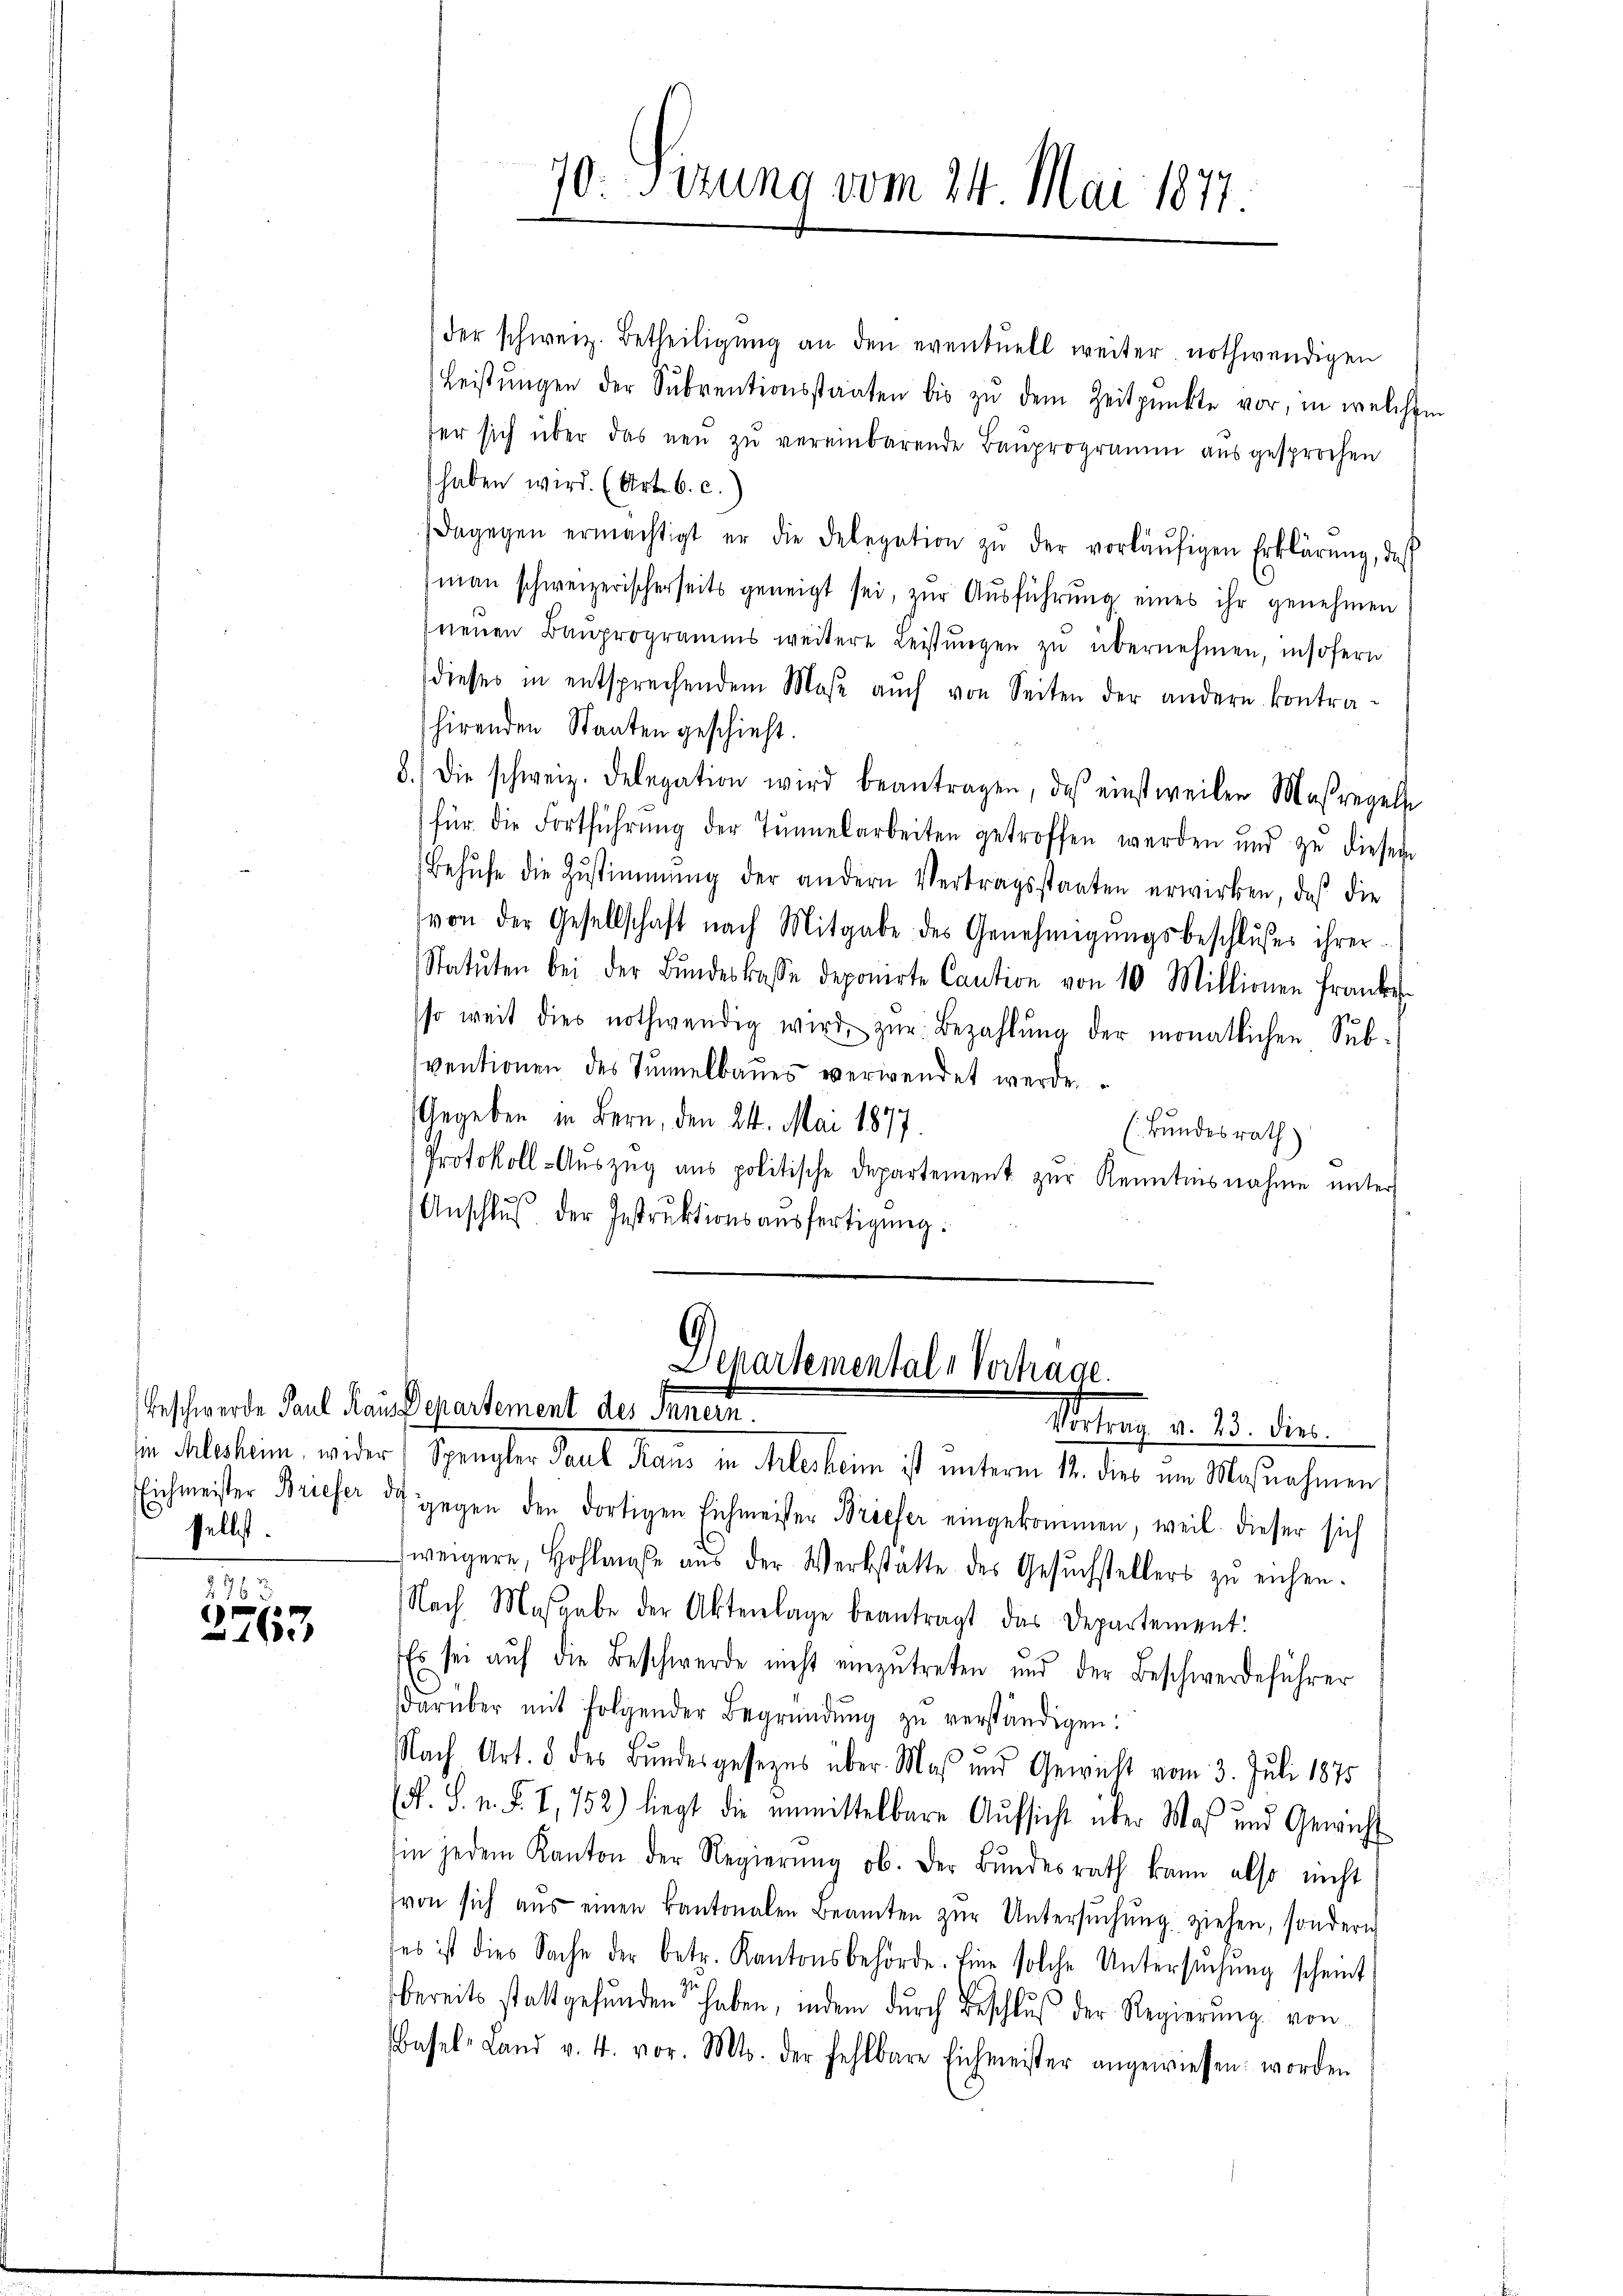
selbst.

.
n
 1800

sin Alesheim, wider Spengler Paul Pano in Alesheim ist unterm 12. dies um Maßnahmen
Eichmeister Briefer de gegen den dortigen Eichmeister Briefer eingekommen, weil dieser sich
weigere, Hohlmaβe aŭs der Werkstatte des Gesŭchstellers zŭ eichen.
Nach Masgabe der Aktenlage beantragt das Departement:
Es sei aŭf die Beschwerde nicht einzŭtreten und der Beschwerdeführer
darüber mit folgender Begründŭng zŭ verständigen.
Nach Art. 5 des Bundesgesezes über Maß und Gewicht vom 3. Juli 1875
(F. S. n. F. I, 752) liegt die unmittelbare Aufsicht über Was und Gewicht
in jedem Kanton der Regierŭng ob. Der Bŭndesrath kann also nicht
von sich aŭs einen kantonalen Beamten zŭr Untersŭchŭng ziehen, sondern
des ist dies Sache der betr. Kantonsbehörde. Eine solche Untersŭchŭng scheint
bereits stattgefunden haben, indem durch Beschluß der Regierung von
Basel-Land v. 4. vor. Mts. der fehlbare Eichmeister angewiesen: worden

der schweiz. Betheiligŭng an den eventuell weiter nothwendigen
Leistŭngen der Sŭbventionsstaaten bis zŭ dem Zeitpunkte vor, in welchen
fer sich über das neu zŭ vereinbarende Baŭprogramm ausgesprochen
haben wird. (Art. b. c.
dagegen ermächtigt er die Delegation zŭ der vorläŭfigen Erklärŭng, daß
man schweizerischerseits geneigt sei, zŭr Aŭsführŭng eines ihr genehmen
neuen Bauprogramms weitere Leistŭngen zu übernehmen, insofern
dieses in entsprechendem Maβe aŭch von Seiten der andern kontra-
shirenden Staaten geschieht.
8.) Die schweiz. Delegation wird beantragen, das einstweilen Maßregels
für die Fortführŭng der Tunnelarbeiten getroffen werden und zŭ diesem
Behŭfe die Zustimmung der andern Vertragsstaaten erwirken, daß die
von der Gesellschaft nach Mitgabe des Genehmigŭngsbeschlußes ihrer
Statuten bei der Bŭndeskasse deponirte Caution von 10 Millionen Frankes
so weit dies nothwendig wird zŭr Bezahlŭng der monatlichen Subventionen des Tunnelbaues verwendet werde.
Gegeben in Bern, den 24. Mai 1877.
(Bundesrath
Protokoll-Auszug aus politische Departement zur Kenntnisnahme unter
Anschlŭβ der Instrŭktionsaŭsfertigŭng:

70. Sizung vom 24. Mai 1877.

Departemental-Verhage
Beschwerde Paul Haus Departement des Innern.
Mortung d. 23. die